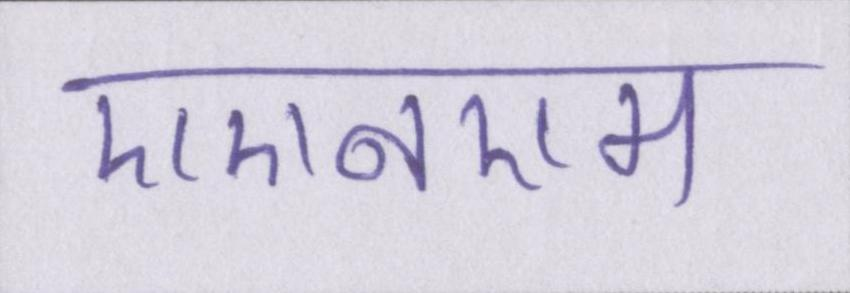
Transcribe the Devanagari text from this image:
एएनएम